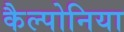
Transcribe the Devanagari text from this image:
कैल्पोनिया